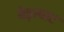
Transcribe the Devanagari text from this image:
बेड़ाघाट